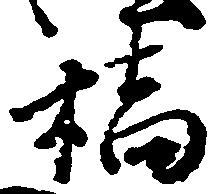
橋